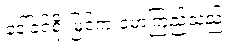
ဒေါ်ခင်စိုးမြင့်က မော့ကြည့်သည်။